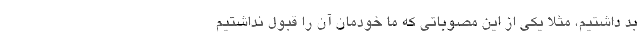
بد داشتیم، مثلا یکی از این مصوباتی که ما خودمان آن را قبول نداشتیم